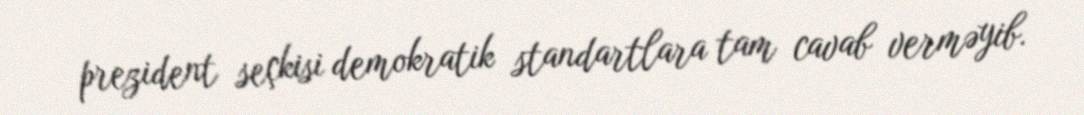
prezident seçkisi demokratik standartlara tam cavab verməyib.